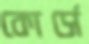
কোর্সে